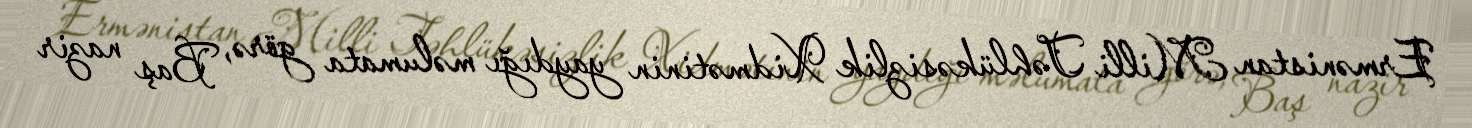
Ermənistan Milli Təhlükəsizlik Xidmətinin yaydığı məlumata görə, Baş nazir